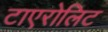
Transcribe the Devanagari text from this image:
टाएरोलिट